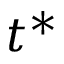
t ^ { * }